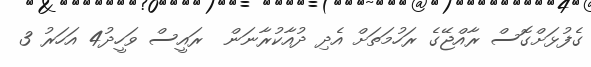
ގެފުޅަށްގޮސް ރާއްޖޭގެ ރަހުމަތަށް އެދި ދުއާކުރާނަން  ރައީސް ވަހީދު4 އަހަރު 3